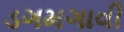
ડગમગાવી